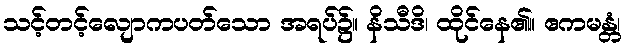
သင့်တင့်လျောကပတ်သော အရပ်၌။ နိသီဒိ၊ ထိုင်နေ၏။ ဧကမန္တံ၊